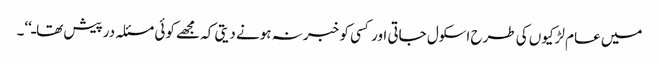
میں عام لڑکیوں کی طرح اسکول جاتی اور کسی کو خبر نہ ہونے دیتی کہ مجھے کوئی مسئلہ درپیش تھاـ‘‘۔